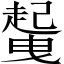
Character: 𲃐